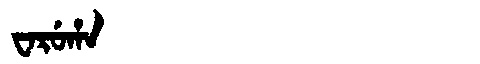
Manchu: ᠸᠠᡵᡠᡥᠠ
Romanization: WARUHA